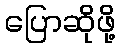
ပြောဆိုဖို့